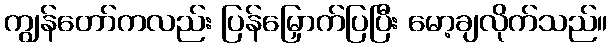
ကျွန်တော်ကလည်း ပြန်မြှောက်ပြပြီး မော့ချလိုက်သည်။